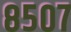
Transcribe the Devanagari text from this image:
८५०७